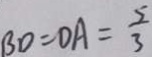
B D = D A = \frac { 5 } { 3 }